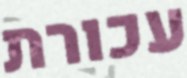
עכורת